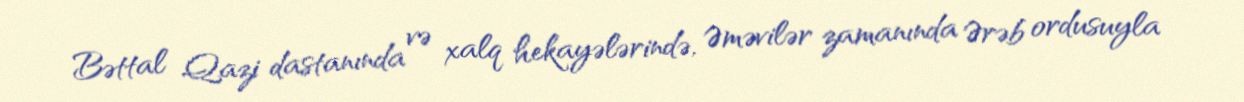
Bəttal Qazi dastanında və xalq hekayələrində, Əməvilər zamanında Ərəb ordusuyla